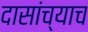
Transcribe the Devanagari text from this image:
दासांच्याच